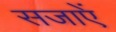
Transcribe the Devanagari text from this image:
सजाएें